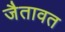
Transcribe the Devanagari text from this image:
जैतावत